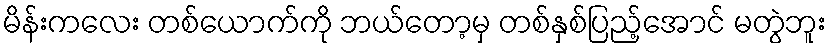
မိန်းကလေး တစ်ယောက်ကို ဘယ်တော့မှ တစ်နှစ်ပြည့်အောင် မတွဲဘူး